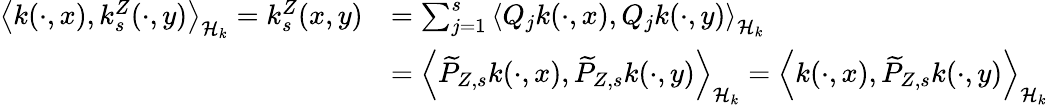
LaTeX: \begin{array}{rl}{\left\langle k(\cdot,x),k_{s}^{Z}(\cdot,y)\right\rangle_{\mathcal{H}_{k}}=k_{s}^{Z}(x,y)}&{=\sum_{j=1}^{s}\left\langle Q_{j}k(\cdot,x),Q_{j}k(\cdot,y)\right\rangle_{\mathcal{H}_{k}}}\\ &{=\left\langle\widetilde{P}_{Z,s}k(\cdot,x),\widetilde{P}_{Z,s}k(\cdot,y)\right\rangle_{\mathcal{H}_{k}}=\left\langle k(\cdot,x),\widetilde{P}_{Z,s}k(\cdot,y)\right\rangle_{\mathcal{H}_{k}}}\end{array}